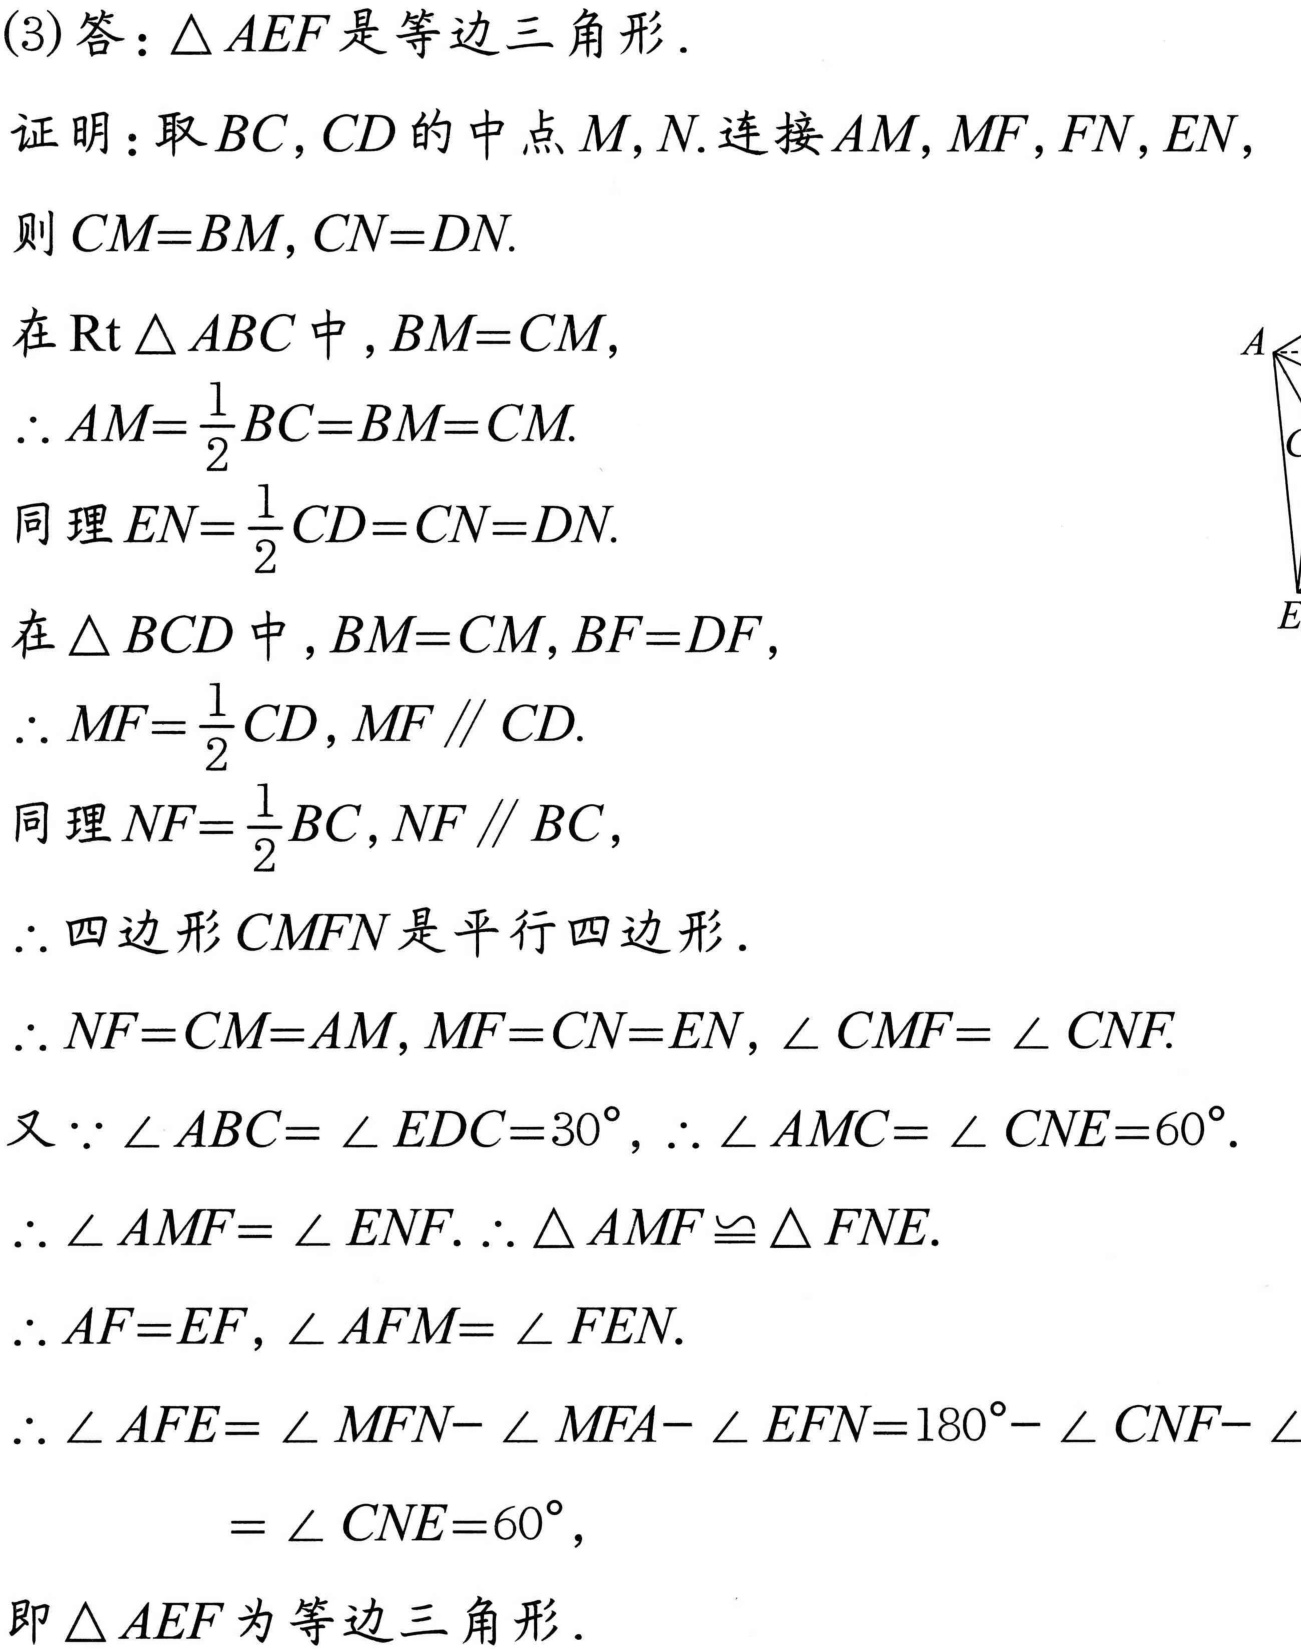
(3)答：\(\triangle AEF\)是等边三角形．
证明：取\(BC,CD\)的中点\(M,N\).连接\(AM,MF,FN,EN\)，
则\(CM = BM,CN = DN\).
在\(\text{Rt}\triangle ABC\)中，\(BM = CM\)，
\(\therefore AM=\frac{1}{2}BC = BM = CM\).
同理\(EN=\frac{1}{2}CD = CN = DN\).
在\(\triangle BCD\)中，\(BM = CM,BF = DF\)，
\(\therefore MF=\frac{1}{2}CD,MF\parallel CD\).
同理\(NF=\frac{1}{2}BC,NF\parallel BC\)，
\(\therefore\)四边形\(CMFN\)是平行四边形．
\(\therefore NF = CM = AM,MF = CN = EN,\angle CMF=\angle CNF\).
又\(\because\angle ABC=\angle EDC = 30^{\circ}\)，\(\therefore\angle AMC=\angle CNE = 60^{\circ}\).
\(\therefore\angle AMF=\angle ENF\).\(\therefore\triangle AMF\cong\triangle FNE\).
\(\therefore AF = EF,\angle AFM=\angle FEN\).
\(\therefore\angle AFE=\angle MFN-\angle MFA-\angle EFN = 180^{\circ}-\angle CNF-\)
\(=\angle CNE = 60^{\circ}\)，
即\(\triangle AEF\)为等边三角形．